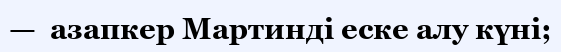
—  азапкер Мартинді еске алу күні;